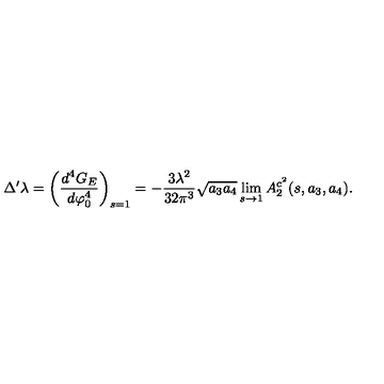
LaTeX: \Delta ^ { \prime } \lambda = \left( \frac { d ^ { 4 } G _ { E } } { d \varphi _ { 0 } ^ { 4 } } \right) _ { s = 1 } = - \frac { 3 \lambda ^ { 2 } } { 3 2 \pi ^ { 3 } } \sqrt { a _ { 3 } a _ { 4 } } \lim _ { s \rightarrow 1 } A _ { 2 } ^ { c ^ { 2 } } ( s , a _ { 3 } , a _ { 4 } ) .